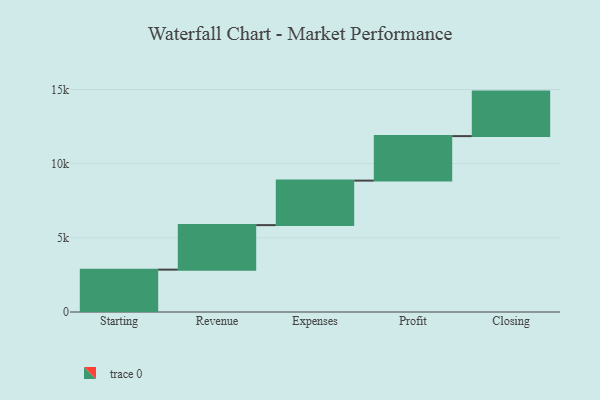
{"axis": {"x": "Step", "y": "Value"}, "legend": [""], "data": [{"x": "Starting", "y": 2856.0, "type": ""}, {"x": "Revenue", "y": 3000, "type": ""}, {"x": "Expenses", "y": 3000, "type": ""}, {"x": "Profit", "y": 3000, "type": ""}, {"x": "Closing", "y": 3000, "type": ""}]}